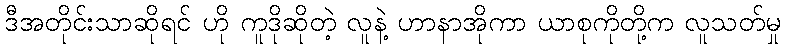
ဒီအတိုင်းသာဆိုရင် ဟို ကူဒိုဆိုတဲ့ လူနဲ့ ဟာနာအိုကာ ယာစုကိုတို့က လူသတ်မှု